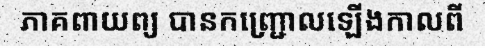
ភាគពាយព្យ បានកញ្ជ្រោលឡើងកាលពី